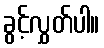
ခွင့်လွှတ်ပါ။